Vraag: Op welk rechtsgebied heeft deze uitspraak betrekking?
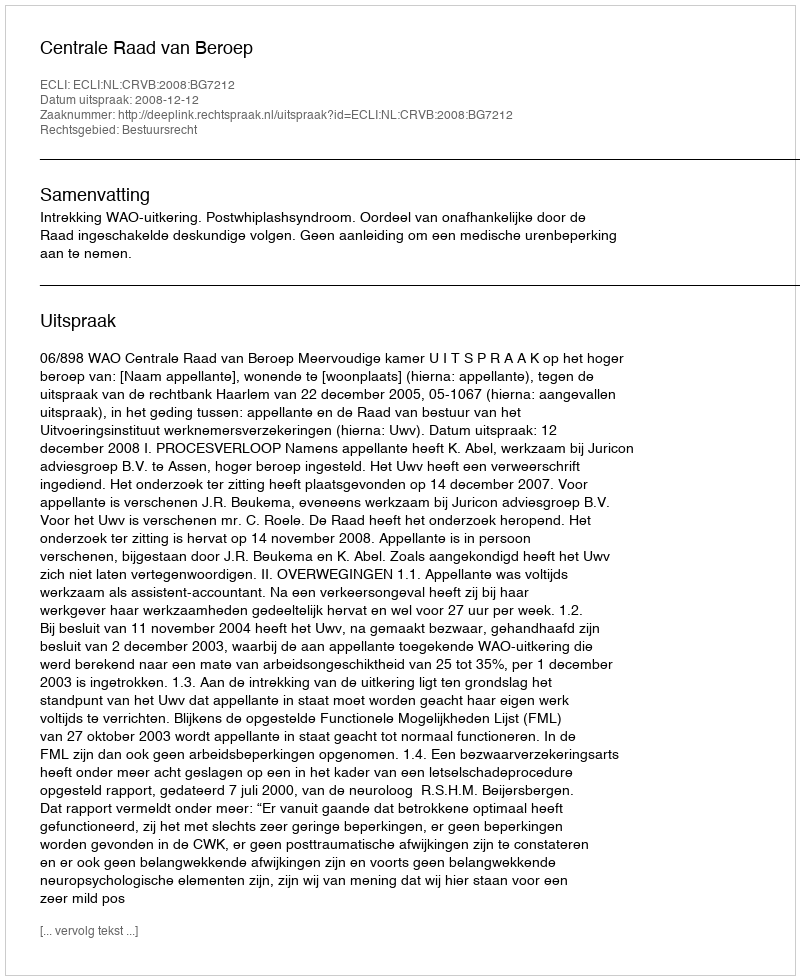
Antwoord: Bestuursrecht